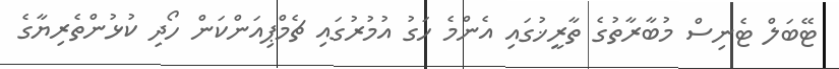
ޓޭބަލް ޓެނިސް މުބާރާތުގެ ތާރީޚުގައި އެންމެ ހަގު އުމުރުގައި ޗެމްޕިއަންކަން ހޯދި ކުޅުންތެރިޔާގެ